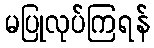
မပြုလုပ်ကြရန်